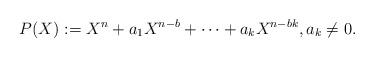
LaTeX: \begin{align*}P(X):=X^n+a_1 X^{n-b} + \cdots + a_k X^{n-bk}, a_k\neq 0.\end{align*}